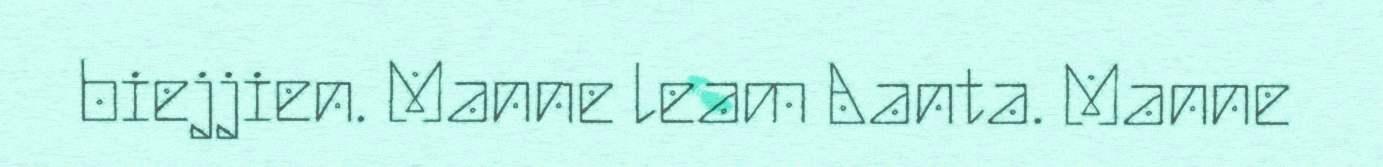
biejjien. Manne leam Aanta. Manne